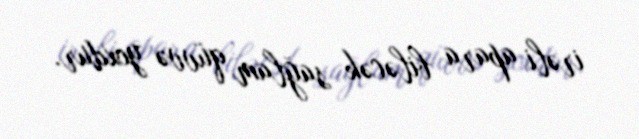
irəli apara biləcək sağlam qüvvə yoxdur.